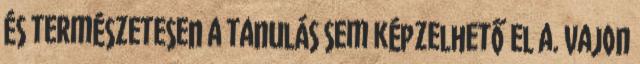
és természetesen a tanulás sem képzelhető el a. Vajon